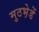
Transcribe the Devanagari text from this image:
मुठभ़ेडें